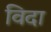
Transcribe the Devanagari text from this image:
विदा